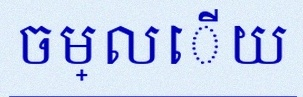
ចម្លើយ